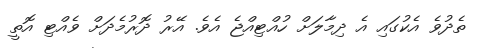
ތެދުވެ އެކުގައި އެ ދިމާލަށް ހުއްޓިއްޖެ އެވެ. އޭރު ދޮރުމެދަށް ވެއްޓި އޮތީ